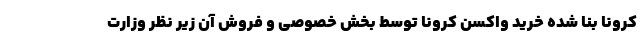
کرونا بنا شده خرید واکسن کرونا توسط بخش خصوصی و فروش آن زیر نظر وزارت